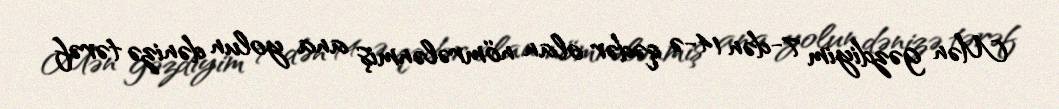
Mən gəzdiyim 7-dən 14-ə qədər olan nömrələnmiş ana yolun dənizə tərəf